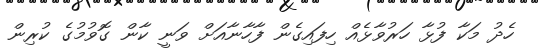
ހެދު މަކާ ފުޅާ ހަރުވާޅެއް ހިފައިގެން ފާހާނާއަށް ވަނީ ކާން ގޮވުމުގެ ކުރިން